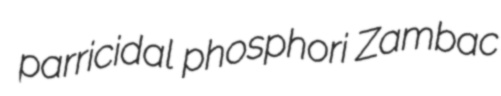
parricidal phosphori Zambac